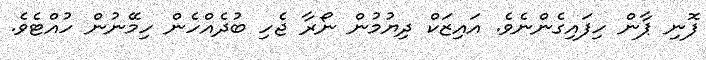
ފޮނި ޕާން ހިފައިގެންނެވެ. އައިޒަކް ދިޔުމުން ނޯރާ ޖެހި ބުދެއްހެން ހިމޭނުން ހުއްޓެވެ.